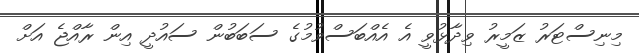
މިނިސްޓަރު ޒަމީރު ވިދާޅުވީ އެ އެއްބަސްވުމުގެ ސަބަބުން ސައުދީ އިން ރާއްޖެ އަށް